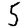
Digit: 5